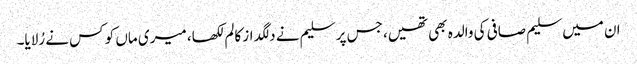
ان میں سلیم صافی کی والدہ بھی تھیں، جس پر سلیم نے دلگداز کالم لکھا، میری ماں کو کس نے رُلایا۔